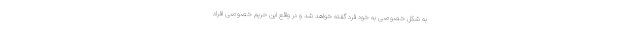
به شکل خصوصی به خود فرد گفته خواهد شد و در واقع این حریم خصوصی افراد